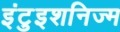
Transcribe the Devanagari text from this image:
इंटुइशनिज्म